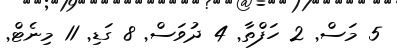
5 މަސް